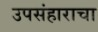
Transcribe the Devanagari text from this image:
उपसंहाराचा